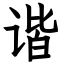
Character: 谐